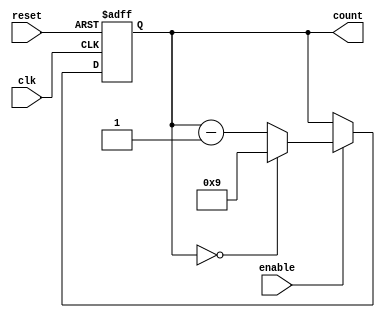
module BCD_Down_Counter (
    input wire clk,
    input wire reset,
    input wire enable,
    output reg [3:0] count
);

always @(posedge clk or posedge reset) begin
    if (reset) begin
        count <= 4'b1001;  // Sets initial value to 9
    end else if (enable) begin
        if (count == 4'b0000) begin
            count <= 4'b1001;  // Reset to 9 after reaching 0
        end else begin
            count <= count - 1;  // Decrement count by 1
        end
    end
end

endmodule